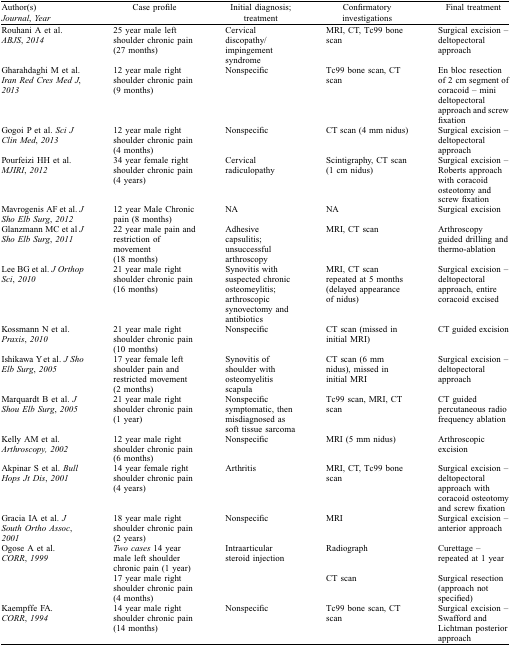
<table><thead><tr><td><b>Author(s) <i>Journal</i>, <i>Year</i></b></td><td><b>Case profile</b></td><td><b>Initial diagnosis; treatment</b></td><td><b>Confirmatory investigations</b></td><td><b>Final treatment</b></td></tr></thead><tbody><tr><td>Rouhani A et al. <i>ABJS</i>, <i>2014</i></td><td>25 year male left shoulder chronic pain (27 months)</td><td>Cervical discopathy/impingement syndrome</td><td>MRI, CT, Tc99 bone scan</td><td>Surgical excision – deltopectoral approach</td></tr><tr><td>Gharahdaghi M et al. <i>Iran Red Cres Med J</i>, <i>2013</i></td><td>12 year male right shoulder chronic pain (9 months)</td><td>Nonspecific</td><td>Tc99 bone scan, CT scan</td><td>En bloc resection of 2 cm segment of coracoid – mini deltopectoral approach and screw fixation</td></tr><tr><td>Gogoi P et al. <i>Sci J Clin Med</i>, <i>2013</i></td><td>12 year male right shoulder chronic pain (4 months)</td><td>Nonspecific </td><td>CT scan (4 mm nidus)</td><td>Surgical excision – deltopectoral approach</td></tr><tr><td>Pourfeizi HH et al. <i>MJIRI</i>, <i>2012</i></td><td>34 year female right shoulder chronic pain (4 years)</td><td>Cervical radiculopathy</td><td>Scintigraphy, CT scan (1 cm nidus)</td><td>Surgical excision – Roberts approach with coracoid osteotomy and screw fixation</td></tr><tr><td>Mavrogenis AF et al. <i>J Sho Elb Surg</i>, <i>2012</i></td><td>12 year Male Chronic pain (8 months)</td><td>NA</td><td>NA</td><td>Surgical excision</td></tr><tr><td>Glanzmann MC et al <i>J Sho Elb Surg</i>, <i>2011</i></td><td>22 year male pain and restriction of movement (18 months)</td><td>Adhesive capsulitis; unsuccessful arthroscopy </td><td>MRI, CT scan</td><td>Arthroscopy guided drilling and thermo-ablation</td></tr><tr><td>Lee BG et al. <i>J Orthop Sci</i>, <i>2010</i></td><td>21 year male right shoulder chronic pain (16 months)</td><td>Synovitis with suspected chronic osteomeylitis; arthroscopic synovectomy and antibiotics</td><td>MRI, CT scan repeated at 5 months (delayed appearance of nidus)</td><td>Surgical excision – deltopectoral approach, entire coracoid excised</td></tr><tr><td>Kossmann N et al. <i>Praxis</i>, <i>2010</i></td><td>21 year male right shoulder chronic pain (10 months)</td><td>Nonspecific</td><td>CT scan (missed in initial MRI)</td><td>CT guided excision</td></tr><tr><td>Ishikawa Y et al. <i>J Sho Elb Surg</i>, <i>2005</i></td><td>17 year female left shoulder pain and restricted movement (2 months)</td><td>Synovitis of shoulder with osteomyelitis scapula</td><td>CT scan (6 mm nidus), missed in initial MRI</td><td>Surgical excision – deltopectoral approach</td></tr><tr><td>Marquardt B et al. <i>J Shou Elb Surg</i>, <i>2005</i></td><td>21 year male right shoulder chronic pain (1 year)</td><td>Nonspecific symptomatic, then misdiagnosed as soft tissue sarcoma</td><td>Tc99 scan, MRI, CT scan</td><td>CT guided percutaneous radio frequency ablation</td></tr><tr><td>Kelly AM et al. <i>Arthroscopy</i>, <i>2002</i></td><td>12 year male right shoulder chronic pain (6 months)</td><td>Nonspecific</td><td>MRI (5 mm nidus)</td><td>Arthroscopic excision</td></tr><tr><td>Akpinar S et al. <i>Bull Hops Jt Dis</i>, <i>2001</i></td><td>14 year female right shoulder chronic pain (4 years)</td><td>Arthritis</td><td>MRI, CT, Tc99 bone scan</td><td>Surgical excision – deltopectoral approach with coracoid osteotomy and screw fixation</td></tr><tr><td>Gracia IA et al. <i>J South Ortho Assoc</i>, <i>2001</i></td><td>18 year male right shoulder chronic pain (2 years)</td><td>Nonspecific </td><td>MRI</td><td>Surgical excision – anterior approach</td></tr><tr><td>Ogose A et al. <i>CORR</i>, <i>1999</i></td><td><i>Two cases</i> 14 year male left shoulder chronic pain (1 year)</td><td>Intraarticular steroid injection</td><td>Radiograph</td><td>Curettage – repeated at 1 year</td></tr><tr><td></td><td>17 year male right shoulder chronic pain (4 months)</td><td></td><td>CT scan</td><td>Surgical resection (approach not specified)</td></tr><tr><td>Kaempffe FA. <i>CORR</i>, <i>1994</i></td><td>14 year male right shoulder chronic pain (14 months)</td><td>Nonspecific </td><td>Tc99 bone scan, CT scan</td><td>Surgical excision – Swafford and Lichtman posterior approach</td></tr></tbody></table>